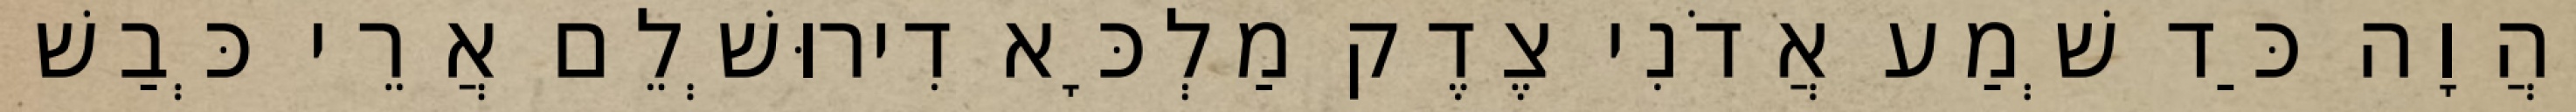
וַהֲוָה כַּד שְׁמַע אֲדֹנִי צֶדֶק מַלְכָּא דִירוּשְׁלֵם אֲרֵי כְּבַשׁ